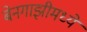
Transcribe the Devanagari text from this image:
बेनगाझीमध्ये